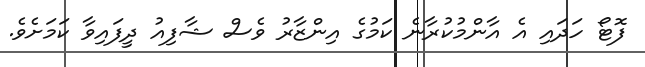
ފޮޓޯ ހަދައި އެ އާންމުކުރާނެ ކަމުގެ އިންޒާރު ވެސް ޝާފިއު ދީފައިވާ ކަމަށެވެ.